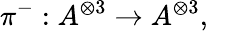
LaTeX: \pi^{-}:A^{\otimes 3}\rightarrow A^{\otimes 3},\quad